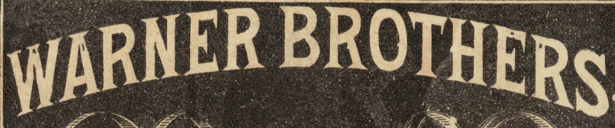
WARNER BROTHERS